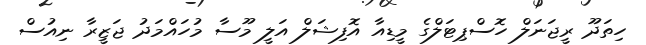
ހިތަދޫ ރީޖަނަލް ހޮސްޕިޓަލްގެ މީޑިއާ އޮފިޝަލް އަލީ މޫސާ މުހައްމަދު ޖަޒީރާ ނިއުސް